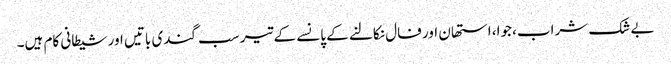
بے شک شراب، جوا، استھان اور فال نکالنے کے پانسے کے تیر سب گندی باتیں اور شیطانی کام ہیں۔